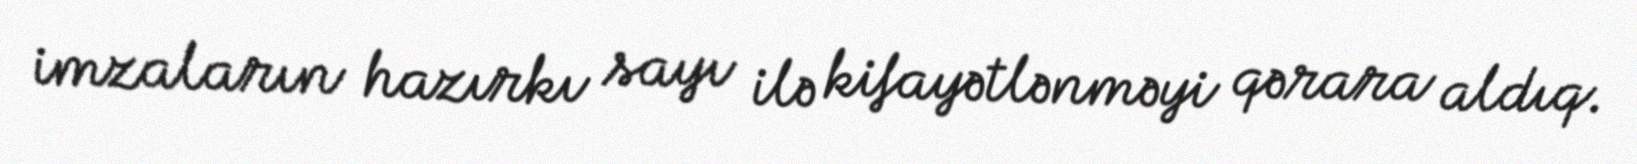
imzaların hazırkı sayı ilə kifayətlənməyi qərara aldıq.